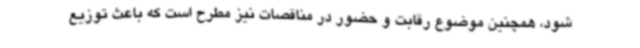
شود، همچنین موضوع رقابت و حضور در مناقصات نیز مطرح است که باعث توزیع